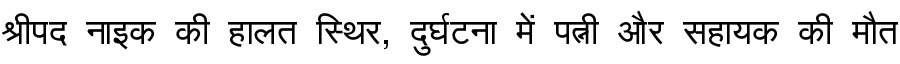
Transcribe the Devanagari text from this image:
श्रीपद नाइक की हालत स्थिर, दुर्घटना में पत्नी और सहायक की मौत